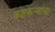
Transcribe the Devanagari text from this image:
कष्टकऱ्यांचा